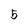
Character: 5